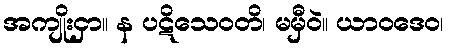
အကျိုးငှာ။ န ပဋိသေဝတိ၊ မမှီဝဲ။ ယာဝဒေဝ၊